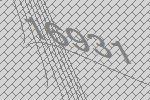
16931